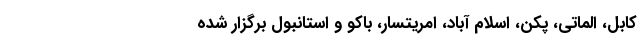
کابل، الماتی، پکن، اسلام آباد، امریتسار، باکو و استانبول برگزار شده